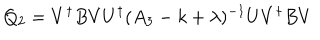
LaTeX: Q _ { 2 } = V ^ { \dagger } B V U ^ { \dagger } ( A _ { 3 } - k + \lambda ) ^ { - 1 } U V ^ { \dagger } B V